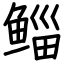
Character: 鲻